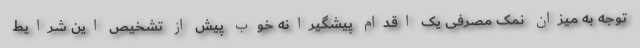
توجه به میزان نمک مصرفی یک اقدام پیشگیرانه خوب پیش از تشخیص این شرایط